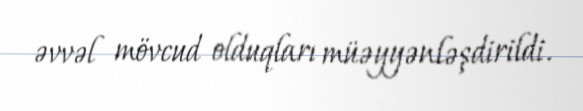
əvvəl mövcud olduqları müəyyənləşdirildi.